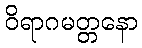
ဝိရာဂမတ္တနော